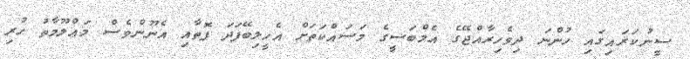
ސީނުކަރައިގައި ހުންނަ ދިވެހިރާއްޖޭގެ އެމްބަސީގެ މަސައްކަތަށް އެހީލިބޭފަދަ ފޮތާއި އެނޫންވެސް މަޢްލޫމާތު ހުރި